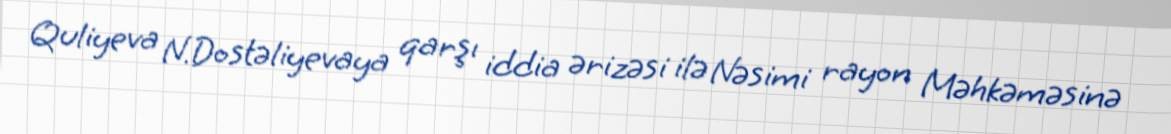
Quliyeva N.Dostəliyevaya qarşı iddia ərizəsi ilə Nəsimi rayon Məhkəməsinə